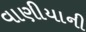
વાણીયાની